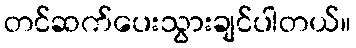
တင်ဆက်ပေးသွားချင်ပါတယ်။